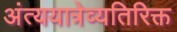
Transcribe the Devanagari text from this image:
अंत्ययात्रेव्यतिरिक्त